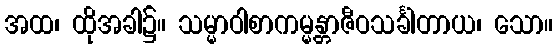
အထ၊ ထိုအခါ၌။ သမ္မာဝါစာကမ္မန္တာဇီဝသင်္ခါတာယ၊ သော။